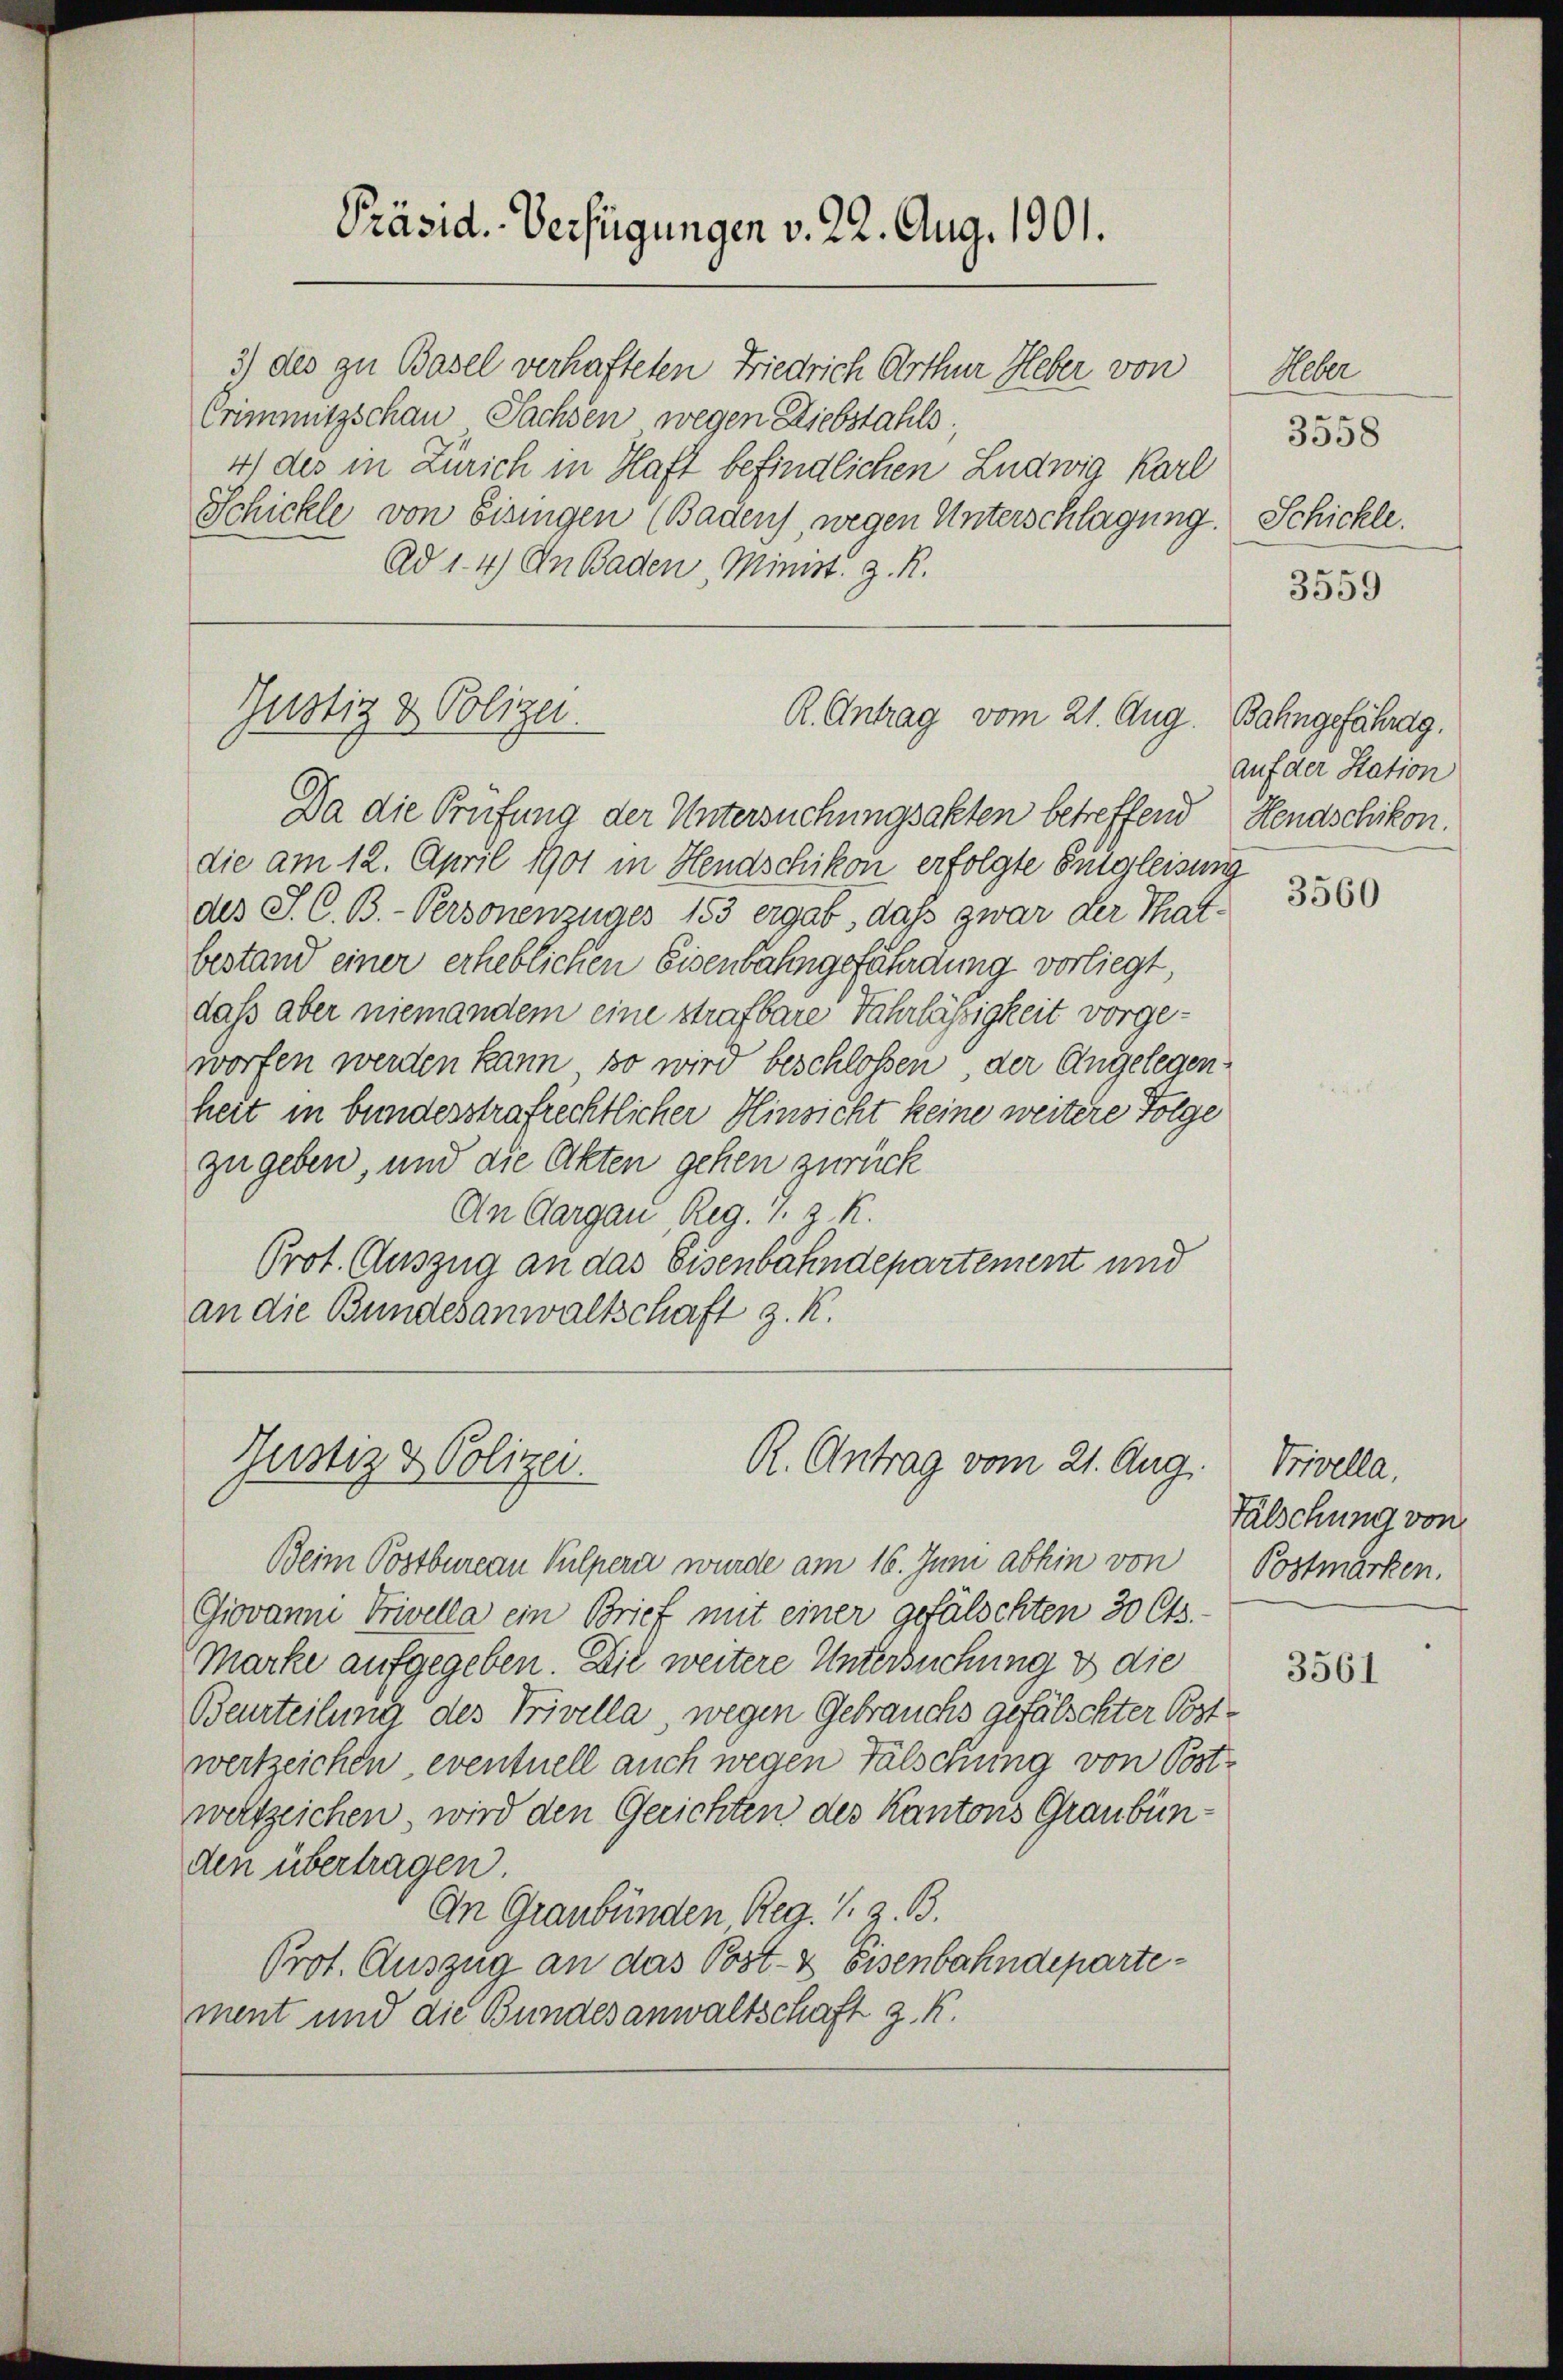
Präsid. Verfügungen v. 22. Aug. 1901.

3) des zu Basel verhafteten Friedrich Arthur Heber von
Crimmitzschau Sachsen wegen Diebstahls
4) des in Zürich in Haft befindlichen Ludwig Karl
Schickle von Eisingen (Baden, wegen Unterschlagung.
Ad 1. 4) An Baden, Minist. z. R.

Gustiz & Polizei.
R. Antrag vom 21. Aug.

Da die Prüfung der Untersuchungsakten betreffend
die am 12. April 1901 in Hendschikon erfolgte Entgleisung
des J. C. B.-Personenzuges 153 ergab, daß zwar der Thatbestand einer erheblichen Eisenbahngefährdung vorliegt,
daß aber niemandem eine strafbare Fahrlässigkeit vorgeworfen werden kann, so wird beschlossen der Angelegenheit in bundesstrafrechtlicher Hinsicht keine weitere Folge
zu geben, und die Akten gehen zurück
An Aargau, Reg. 7. z. R.
Prot. Auszug an das Eisenbahndepartement und
an die Bundesanwaltschaft z. R.

Justiz & Polizei.
R. Antrag vom 21. Aug.

Beim Postbureau Vulperi wurde am 16. Juni abhin von Postmarken.
Giovanni Privella ein Brief mit einer gefälschten 30 Cts.-
Marke aufgegeben. Die weitere Untersuchung & die
Beurteilung des Privella, wegen Gebrauchs gefälschter Postwertzeichen, eventuell auch wegen Fälschung von Postweltzeichen, wird den Gerichten des Kantons Graubünden übertragen.
An Graubünden Reg. S. z. B.
Prot. Auszug an das Post- & Eisenbahndepartement und die Bundesanwaltschaft z. K.

Ueber
3558
Schickle.
3559

Bahngefährag.
auf der Station
Hendschikon.

3560

Trivella,
Fälschung von

3561